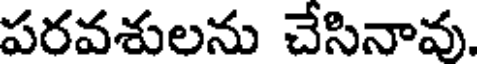
పరవశులను చేసినావు.